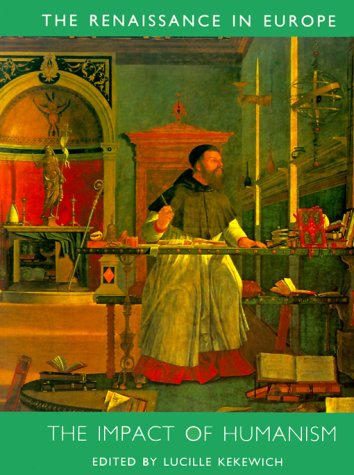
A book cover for Impact of Humanism; Politics & Social Sciences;